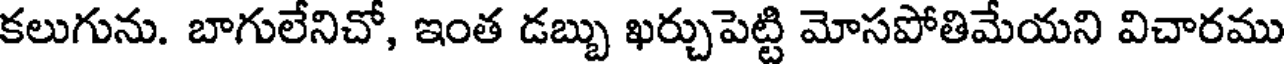
కలుగును. బాగులేనిచో, ఇంత డబ్బు ఖర్చుపెట్టి మోసపోతిమేయని విచారము